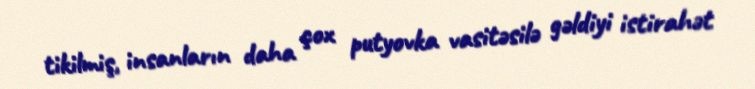
tikilmiş, insanların daha çox putyovka vasitəsilə gəldiyi istirahət